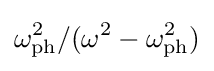
\omega _{\mathrm {ph} }^{2}/(\omega ^{2}-\omega _{\mathrm {ph} }^{2})